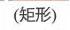
(矩形)